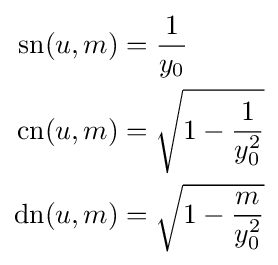
{\begin{aligned}\operatorname {sn} (u,m)&={\frac {1}{y_{0}}}\\\operatorname {cn} (u,m)&={\sqrt {1-{\frac {1}{y_{0}^{2}}}}}\\\operatorname {dn} (u,m)&={\sqrt {1-{\frac {m}{y_{0}^{2}}}}}\end{aligned}}